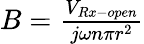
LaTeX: \begin{array}{r}{B=\frac{{{V_{Rx-open}}}}{{j\omega n\pi{r^{2}}}}}\end{array}